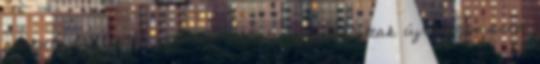
alakult az életük egymás nélkül, hogy találtak újra egymásra